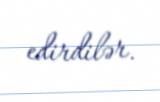
edirdilər.